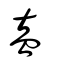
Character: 盍